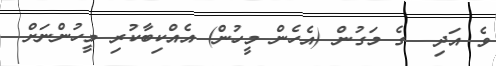
ވެ އަދި  ގެ މަގުން (އެހެން މީހުން) އެއްކިބާކުރި މީހުންނަށް